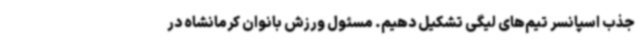
جذب اسپانسر تیم‌های لیگی تشکیل دهیم. مسئول ورزش بانوان کرمانشاه در